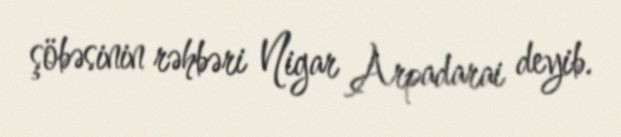
şöbəsinin rəhbəri Nigar Arpadarai deyib.